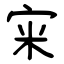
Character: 宩